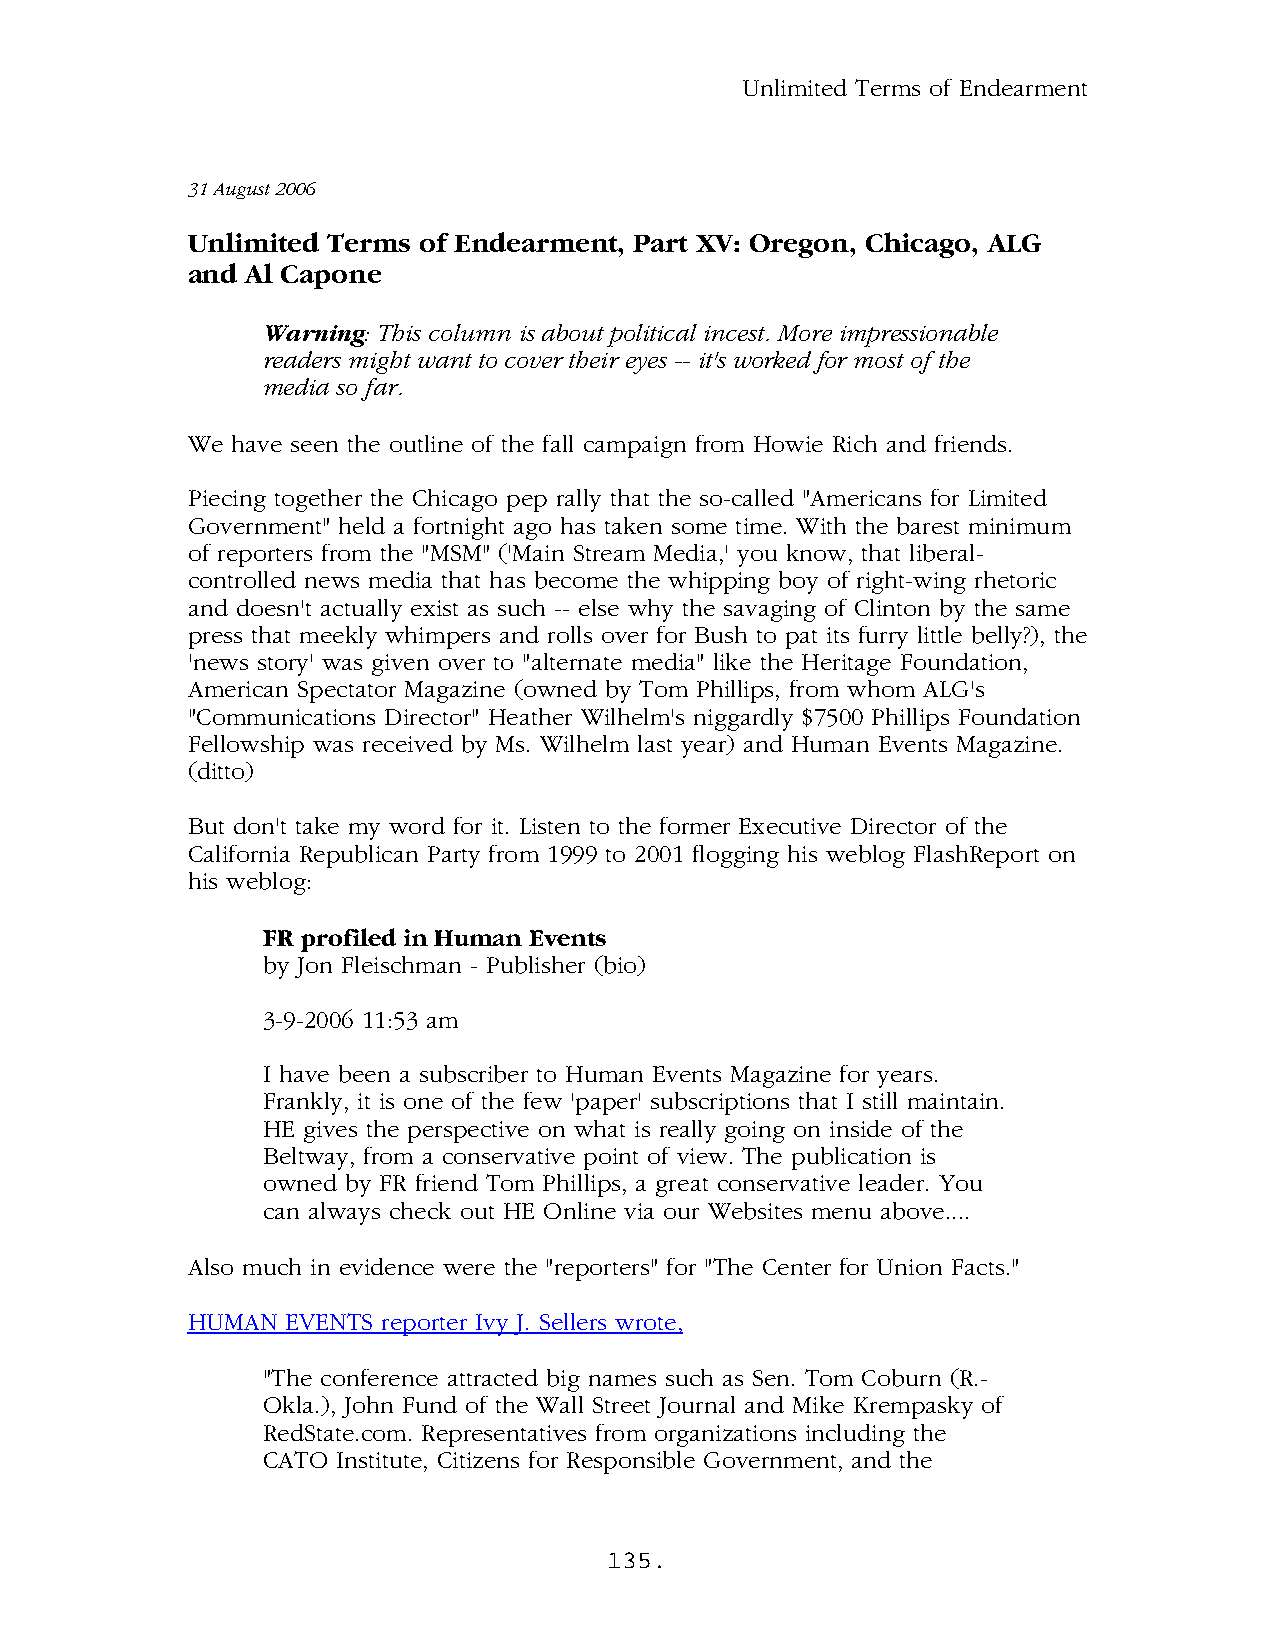
Unlimited Terms of Endearment
 31 August 2006
 Unlimited Terms of Endearment, Part XV: Oregon, Chicago, ALG
 and Al Capone
 Warning: This column is about political incest. More impressionable
 readers might want to cover their eyes -- it's worked for most of the
 media so far.
 We have seen the outline of the fall campaign from Howie Rich and friends.
 Piecing together the Chicago pep rally that the so-called "Americans for Limited
 Government" held a fortnight ago has taken some time. With the barest minimum
 of reporters from the "MSM" ('Main Stream Media,' you know, that liberal-
 controlled news media that has become the whipping boy of right-wing rhetoric
 and doesn't actually exist as such -- else why the savaging of Clinton by the same
 press that meekly whimpers and rolls over for Bush to pat its furry little belly?), the
 'news story' was given over to "alternate media" like the Heritage Foundation,
 American Spectator Magazine (owned by Tom Phillips, from whom ALG's
 "Communications Director" Heather Wilhelm's niggardly $7500 Phillips Foundation
 Fellowship was received by Ms. Wilhelm last year) and Human Events Magazine.
 (ditto)
 But don't take my word for it. Listen to the former Executive Director of the
 California Republican Party from 1999 to 2001 flogging his weblog FlashReport on
 his weblog:
 FR profiled in Human Events
 by Jon Fleischman - Publisher (bio)
 3-9-2006 11:53 am
 I have been a subscriber to Human Events Magazine for years.
 Frankly, it is one of the few 'paper' subscriptions that I still maintain.
 HE gives the perspective on what is really going on inside of the
 Beltway, from a conservative point of view. The publication is
 owned by FR friend Tom Phillips, a great conservative leader. You
 can always check out HE Online via our Websites menu above....
 Also much in evidence were the "reporters" for "The Center for Union Facts."
 HUMAN  EVENTS reporter Ivy J. Sellers wrote,
 "The conference attracted big names such as Sen. Tom Coburn (R.-
 Okla.), John Fund of the Wall Street Journal and Mike Krempasky of
 RedState.com. Representatives from organizations including the
 CATO Institute, Citizens for Responsible Government, and the
 135.